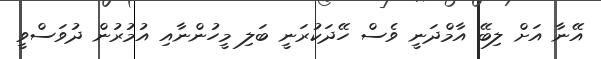
އޭނާ އަށް ލިބޭ އާމްދަނީ ވެސް ހޭދަކުރަނީ ބަލި މީހުންނާއި އުމުރުން ދުވަސްވީ